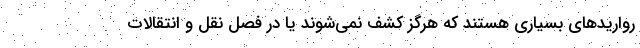
رواریدهای بسیاری هستند که هرگز کشف نمی‌شوند یا در فصل نقل و انتقالات